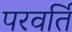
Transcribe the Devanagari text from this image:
परवर्ति